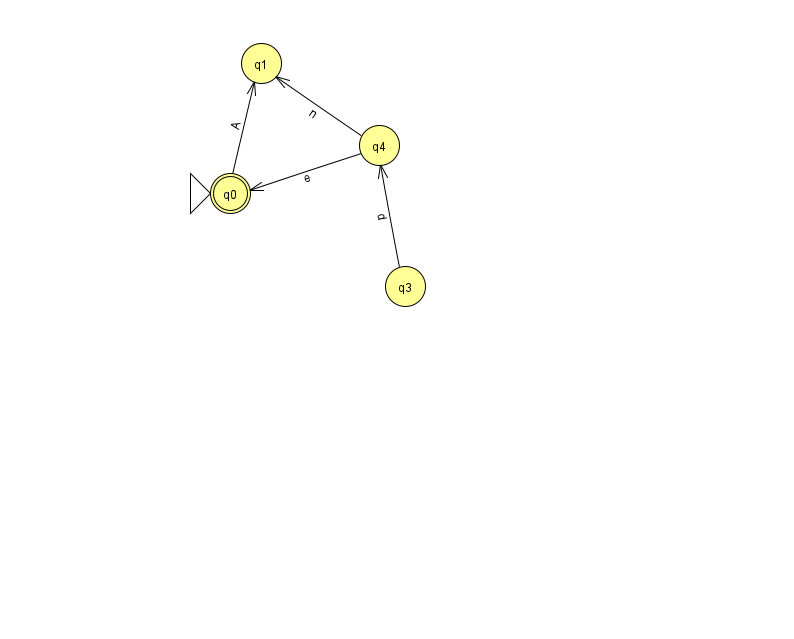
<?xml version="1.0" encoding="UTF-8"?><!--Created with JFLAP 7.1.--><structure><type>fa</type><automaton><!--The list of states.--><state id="0" name="q0"><x>230.0</x><y>180.0</y><initial/><final/></state><state id="1" name="q1"><x>261.0</x><y>50.0</y></state><state id="3" name="q3"><x>405.0</x><y>273.0</y></state><state id="4" name="q4"><x>379.0</x><y>132.0</y></state><!--The list of transitions.--><transition><from>3</from><to>4</to><read>d</read></transition><transition><from>4</from><to>1</to><read>n</read></transition><transition><from>4</from><to>0</to><read>e</read></transition><transition><from>0</from><to>1</to><read>A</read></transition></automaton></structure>